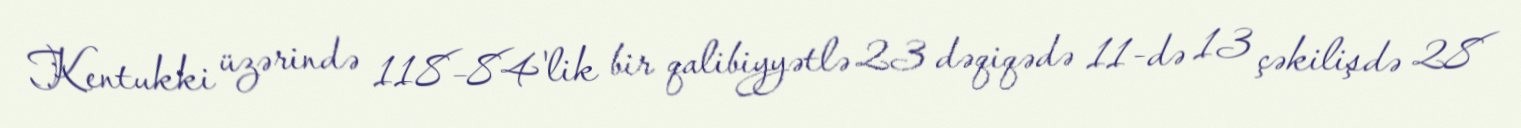
Kentukki üzərində 118–84'lik bir qalibiyyətlə 23 dəqiqədə 11-də 13 çəkilişdə 28